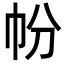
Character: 帉